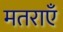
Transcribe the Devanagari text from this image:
मतराएँ